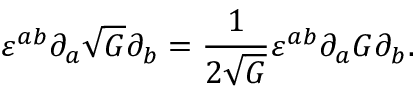
\varepsilon ^ { a b } \partial _ { a } \sqrt { G } \partial _ { b } = \frac { 1 } { 2 \sqrt { G } } \varepsilon ^ { a b } \partial _ { a } G \partial _ { b } .